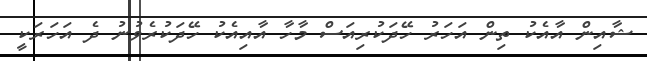
ޝާއިން އާއެކު ތިން އަހަރު ހޭދަކުރިއަސް މާހާ އާއިއެކު ހޭދަކުރެވުނު ދެ އަހަރަކީ